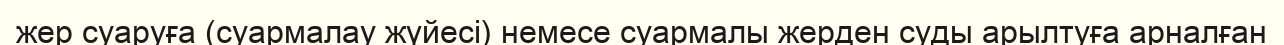
жер суаруға (суармалау жүйесі) немесе суармалы жерден суды арылтуға арналған